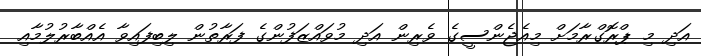
އަދި މި ޕްރޮގްރާމަށް މިއެޖެންސީގެ ވެރިން އަދި މުވައްޒަފުންގެ ފަރާތުން ލިބިފައިވާ އެއްބާރުލުމާއި